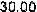
30.00